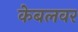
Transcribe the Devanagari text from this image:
केबलवर